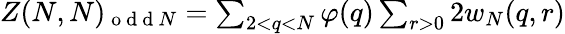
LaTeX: \begin{array}{r}{Z(N,N)_{\mathrm{~o~d~d~}N}=\sum_{2<q<N}\varphi(q)\sum_{r>0}2w_{N}(q,r)}\end{array}